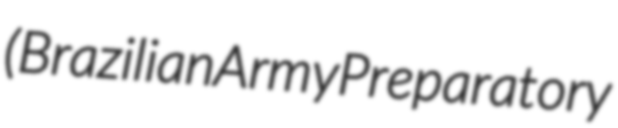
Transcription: (Brazilian Army Preparatory